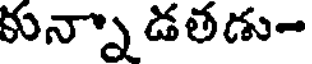
కున్నా డతడు-